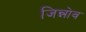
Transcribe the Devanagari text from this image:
जिन्नोव